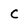
Character: c